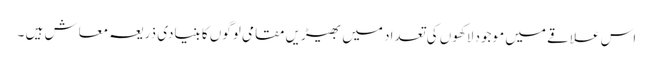
اس علاقے میں موجود لاکھوں کی تعداد میں بھیڑیں مقامی لوگوں کا بنیادی ذریعہ معاش ہیں ۔